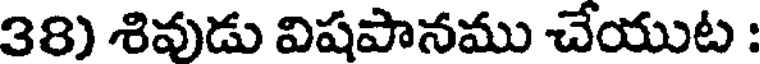
38) శివుడు విషపానము చేయుట :